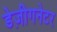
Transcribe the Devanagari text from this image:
डेज़ीगनेटर